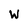
Character: w